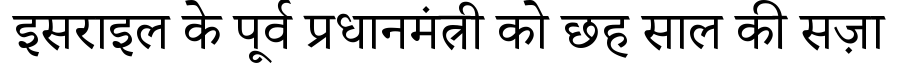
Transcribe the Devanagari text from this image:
इसराइल के पूर्व प्रधानमंत्री को छह साल की सज़ा